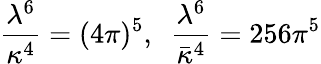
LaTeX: \frac{\lambda^{6}}{\kappa^{4}}=(4\pi)^{5},\ \ \frac{\lambda^{6}}{\bar{\kappa}^{4}}=256\pi^{5}